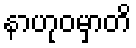
နာဟုဝမှာတိ